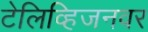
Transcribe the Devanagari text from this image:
टेलिव्हिजनवर